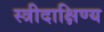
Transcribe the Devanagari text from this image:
स्त्रीदाक्षिण्य